Scottish Leaving Certificate Examination, 1960
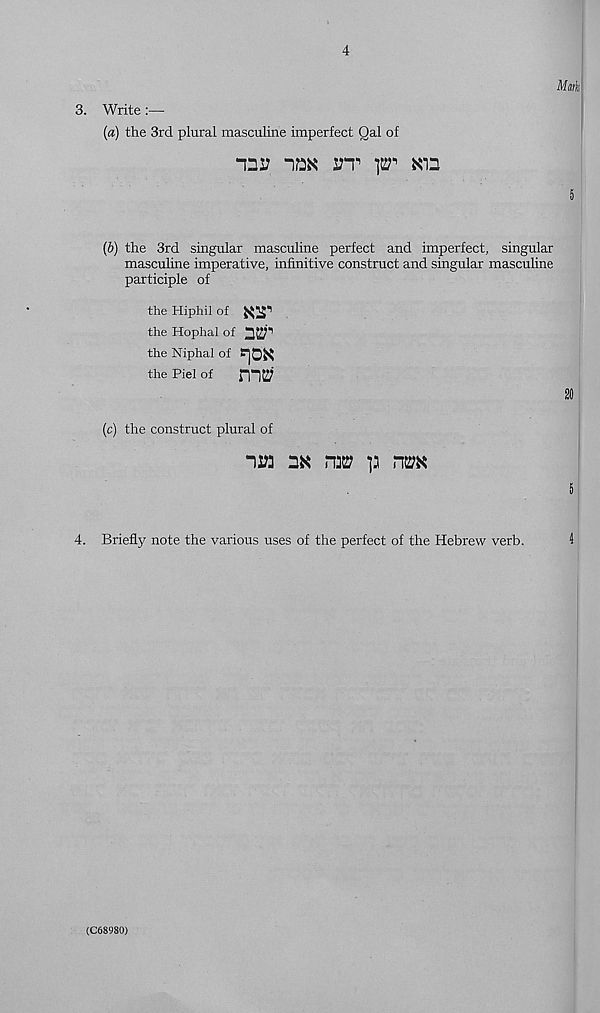
4
3. Write :—-
(«) the 3rd plural masculine imperfect Qal of
-QI? HEK ITT 12?' Kin
Math
5
(b) the 3rd singular masculine perfect and imperfect, singular
masculine imperative, infinitive construct and singular masculine
participle of
the Hiphil of
the Hophal of
the Niphal of ’HOK
the Piel of
mttf
20
(c) the construct plural of
“)ia 2K mw
r\m
5
4. Briefly note the various uses of the perfect of the Hebrew verb.
4
(C68980)